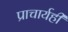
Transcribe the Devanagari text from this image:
प्राचार्यही